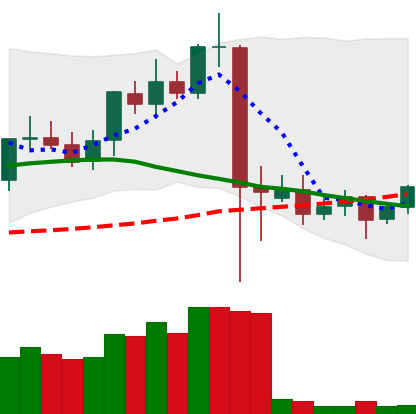
Ticker: ETC-USD
Chart end date: 2021-09-15
Forward return: -17.337%
Label: down_7plus